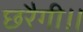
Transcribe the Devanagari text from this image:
छरैगी।।